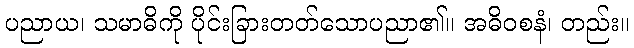
ပညာယ၊ သမာဓိကို ပိုင်းခြားတတ်သောပညာ၏။ အဓိဝစနံ၊ တည်း။